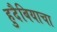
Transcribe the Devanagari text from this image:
हुदैबियाचा